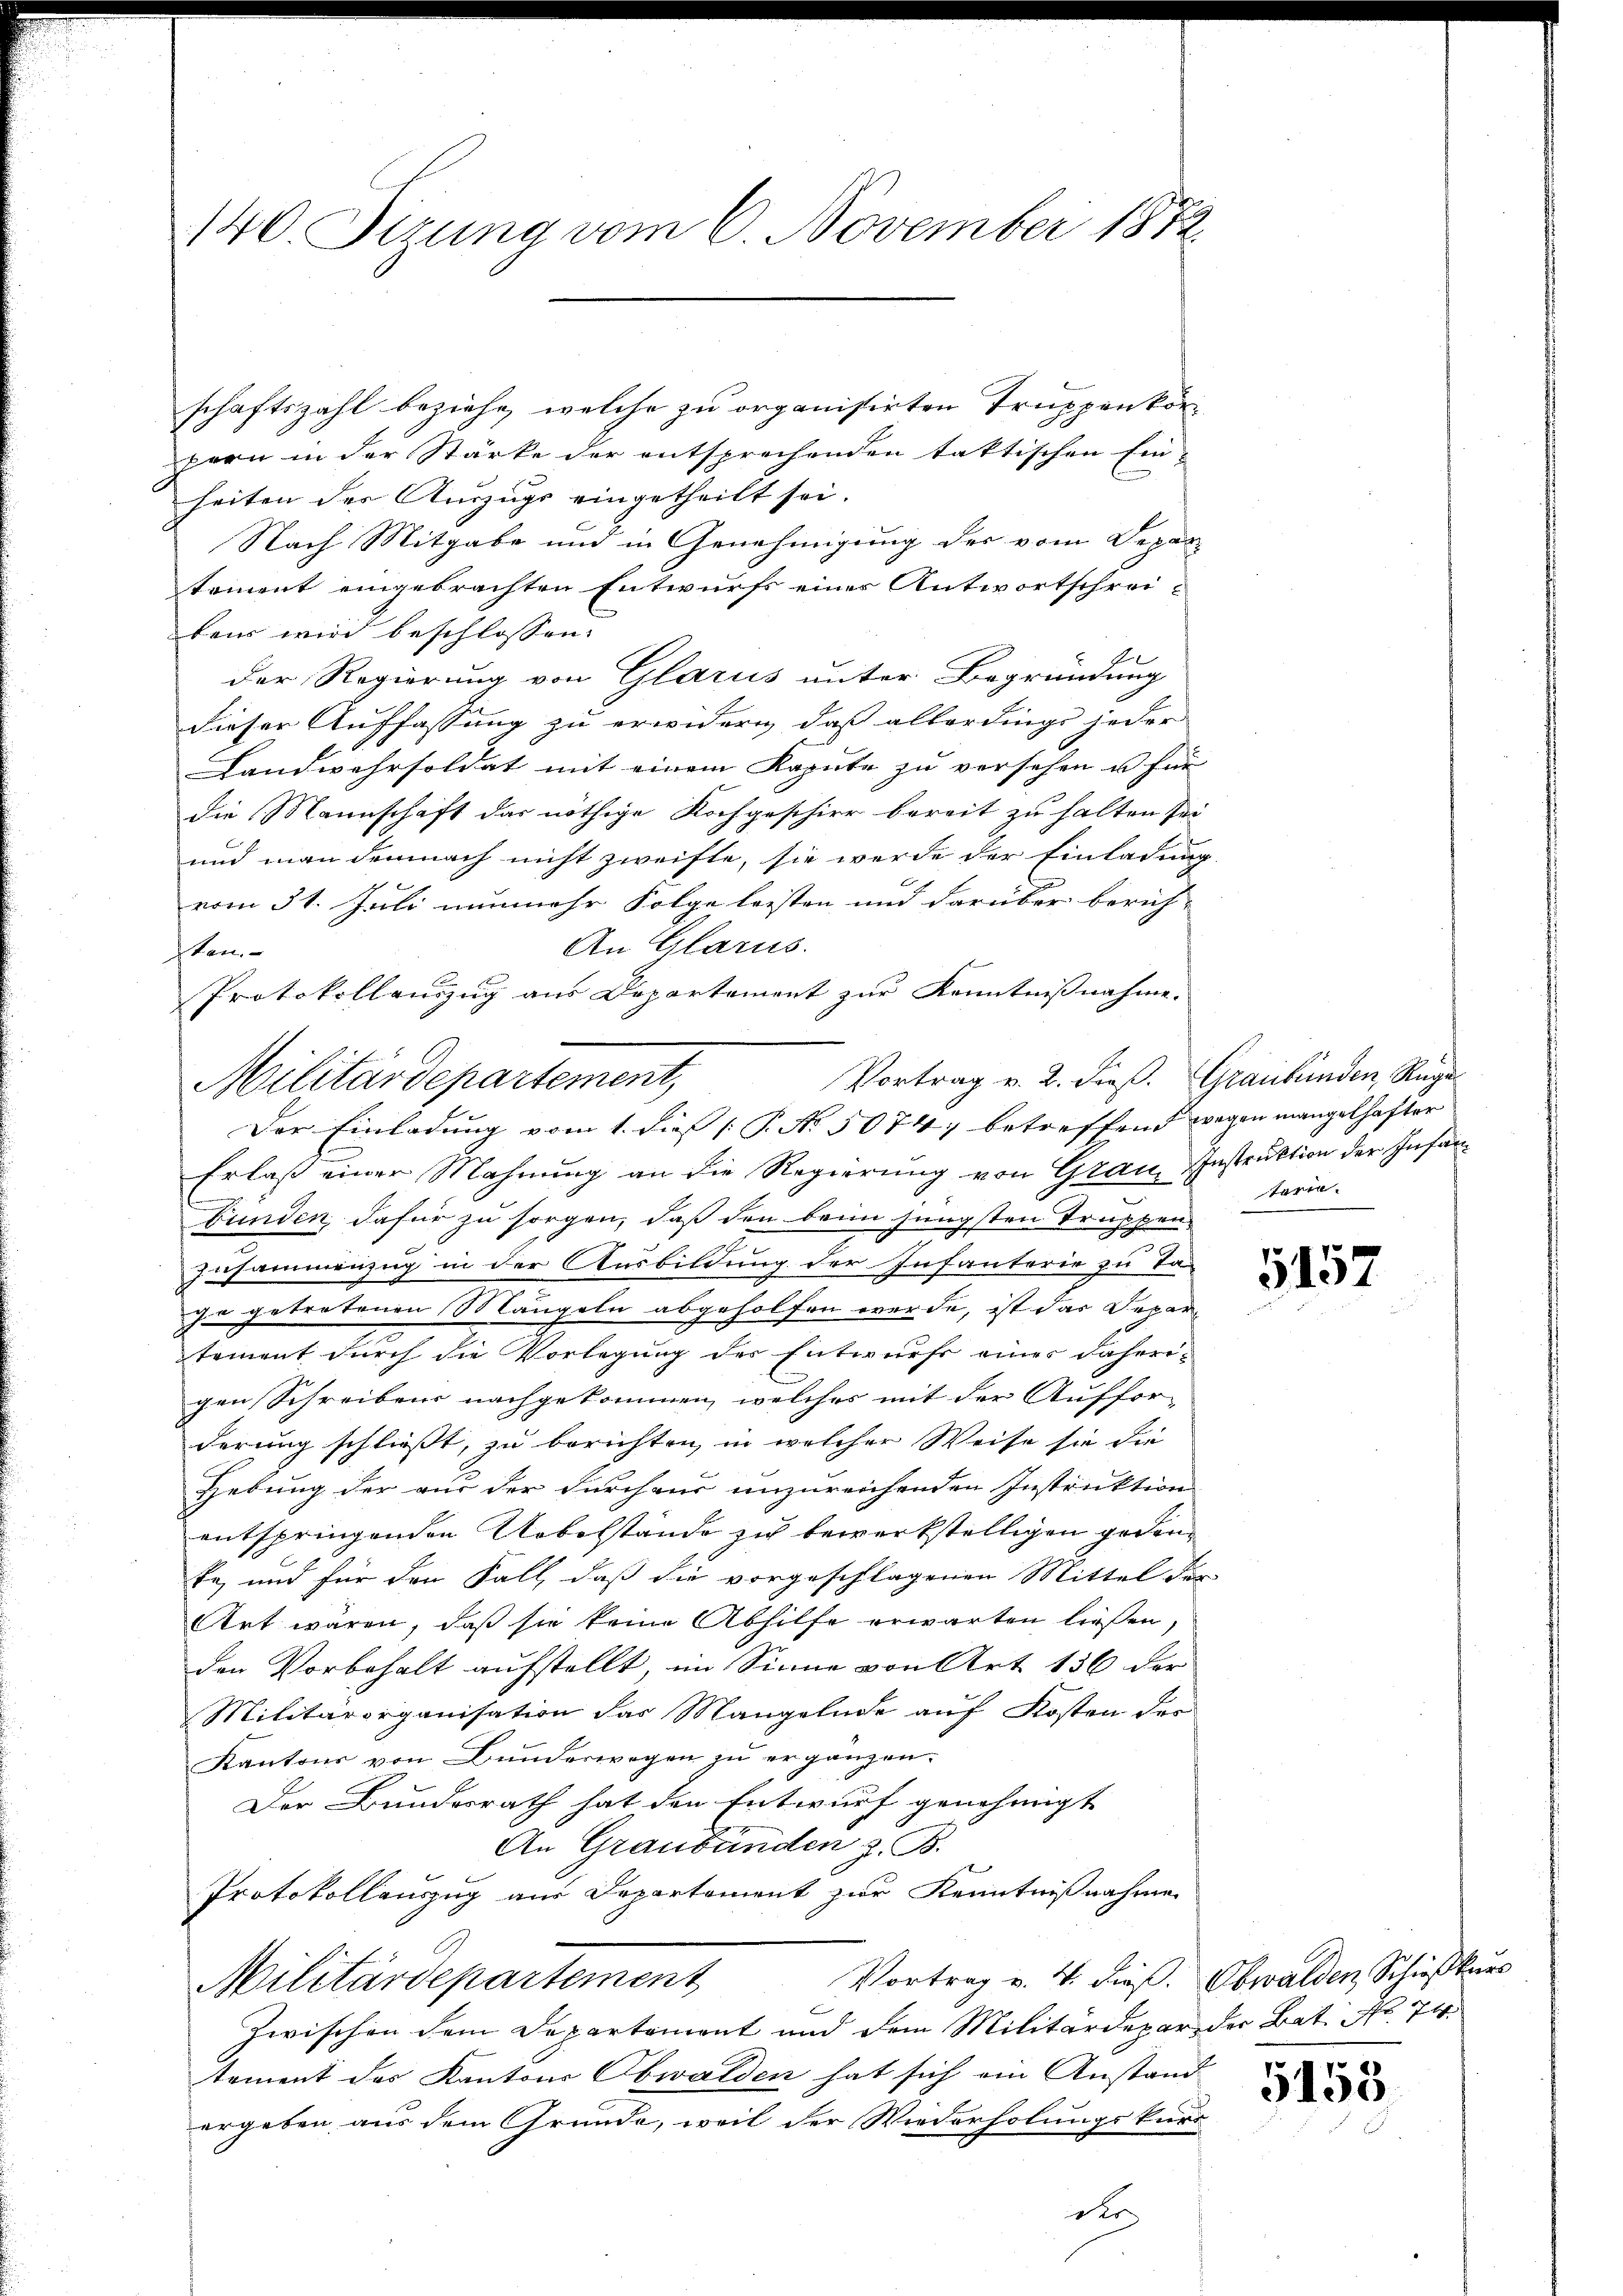
140. Serung vom 6. November 1872.

schaftszahl beziehe, welche zu organisirten Truppenkorpern in der Stärke der entsprechenden taktischen Ein-
heiten der Auszugs eingetheilt sei.
Nach Mitgabe und in Genehmigung der vom Depar-
tement eingebrachten Entwurfs einer Antwortschreibair wird beschlossen. |
der Regierung von Glarus unter Begründung
dieser Auffassung zu erwidern, daß allerdings jeder
Landwehrsoldat mit einem Kapute zu versehen u für
die Mannschaft das nöthige Kochgeschier bereit zu halten sei
und man demnach nicht zweifte, sie werde der Einladung
vom 31. Juli nunmehr Folge leisten und darüber berich-
An Glarus.
tan
Protokollenzug aus Departement zur Kenntnißnahme.
Vortrag v. 2. dieß. Graubünden, Rege
Erlaß einer Mahnung an die Regierung von Grau Instruktion der Infanbunden, dafür zu sorgen, daß den beim jüngsten Truppenzusammenzug in der Ausbildung der Infanterie zu Tag
je getretenen Mängeln abgeholfen werde, ist das Depar
tement durch die Vorlegung des Entwurfs einer daheri-
gen Schreibens nachgekommen, welches mit der Auffor-
derung schließt, zu berichten, in welcher Weise sie die
Hebung der aus der Furchaus unzureichenden Instruktion
entspringenden Uebelstände zu bewerkstelligen gedente, und für den Fall, daß die vorgeschlagenen Mittel der
Art wären, daß sie keine Abhilfe erwarten ließen,
den Vorbehalt aufstellt, im Sinne von Art 136 der
Militärorganisation das Mangelnde auf Kosten der
Kantons von Bunderwegen zŭ ergänzen.
Der Bundesrath hat den Entwurf genehmigt
An Graubünden z. B.
Protokollauszug aus Departement zur Kenntnißnahme
Vortrag v. 4. dieß. Obwalden, Schießkurs
Militärdepartement
Zwischen dem Departement und dem Militärdepar der Bat. No 74
tement des Kantons Obwalden hat sich ain Anstand
ergeben aus dem Grunde, weil der Wiederholungskurs

Militärdepartement,

Der Einladung vom 1. dies (T. No. 5074; betreffend wegen mangelhafter

terie.

5157

5153